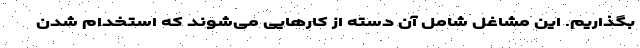
بگذاریم. این مشاغل شامل آن دسته از کارهایی می‌شوند که استخدام شدن